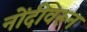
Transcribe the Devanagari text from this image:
नोंदीवरून